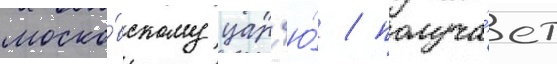
моско́вскому цар'ю́ / получа́ет